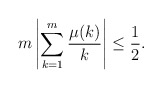
\begin{align*}m \left| \sum_{k=1}^m \frac{\mu(k)}{k} \right| \leq \frac{1}{2}.\end{align*}